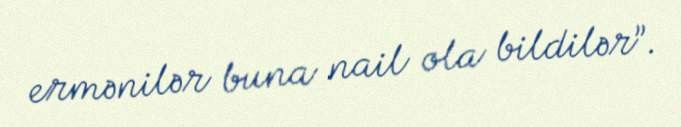
ermənilər buna nail ola bildilər”.